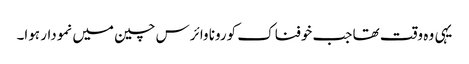
یہی وہ وقت تھا جب خوفناک کورونا وائرس چین میں نمودار ہوا۔